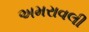
અમરાવલી